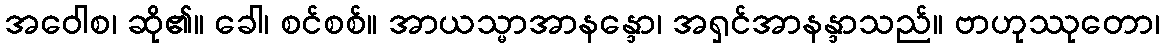
အဝေါစ၊ ဆို၏။ ခေါ၊ စင်စစ်။ အာယသ္မာအာနန္ဒော၊ အရှင်အာနန္ဒာသည်။ ဗာဟုဿုတော၊